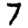
Digit: 7